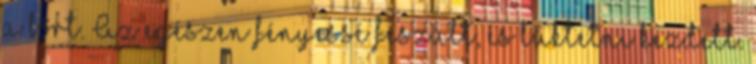
a bőrt. Az egészen fényessé feszült, és lüktetni kezdett.